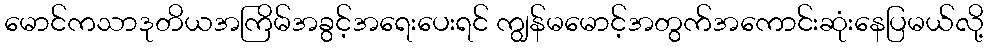
မောင်ကသာဒုတိယအကြိမ်အခွင့်အရေးပေးရင် ကျွန်မမောင့်အတွက်အကောင်းဆုံးနေပြမယ်လို့